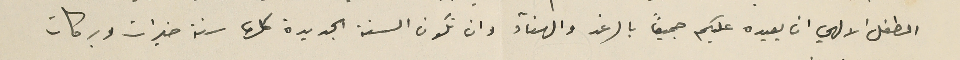
الطفل الالهي ان يعيده عليكم جميعاً بالرغد والهنآء وان تكون السنة الجديدة كلها سنة خيرات وبركات